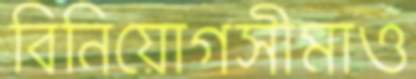
বিনিয়োগসীমাও